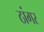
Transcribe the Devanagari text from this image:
ठांगर